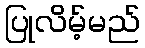
ပြုလိမ့်မည်